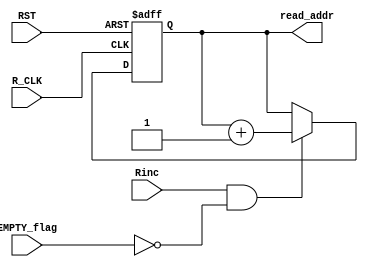
module read_ptr(

    input   wire                RST         ,
    input   wire                R_CLK       ,
    input   wire                Rinc        ,
    input   wire                EMPTY_flag  ,
    output  reg     [3:0]       read_addr   

);

    always @(posedge R_CLK, negedge RST) begin
        if (!RST) begin
            read_addr <= 4'b0;
        end else begin
            if (Rinc & ~EMPTY_flag) begin
                read_addr <= read_addr + 4'b1;
            end else begin
                read_addr <= read_addr;
            end
        end
    end




endmodule